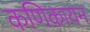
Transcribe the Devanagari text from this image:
कणिकायन